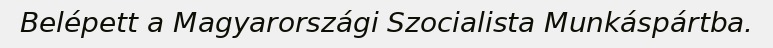
Belépett a Magyarországi Szocialista Munkáspártba.